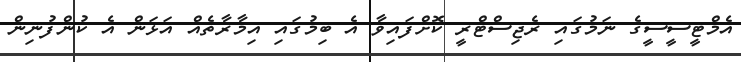
އެމްޓީސީސީގެ ނަމުގައި ރެޖިސްޓްރީ ކޮށްފައިވާ އެ ބިމުގައި އިމާރާތެއް އަޅަން އެ ކުންފުނިން